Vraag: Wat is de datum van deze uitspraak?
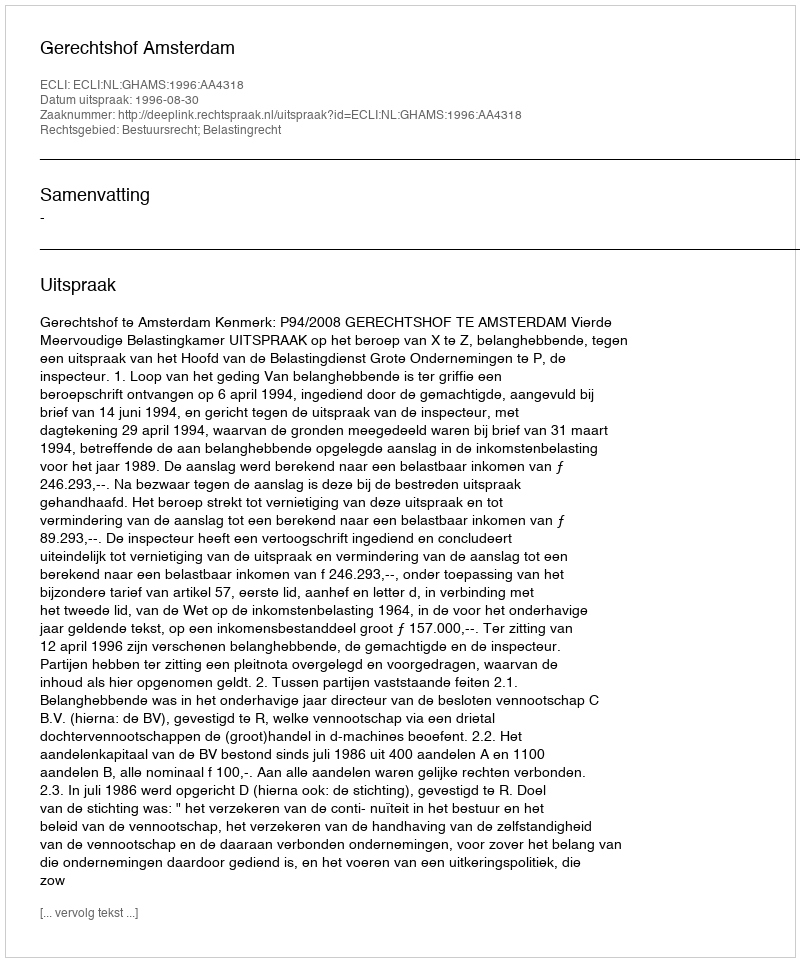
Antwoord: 1996-08-30